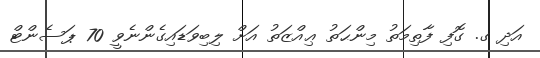
އަދި ގ. ގޮފި ފާތިމަތު މިންޙަތު ޢިއްޒަތު އަށް ލިބިވަޑައިގެންނެވީ 70 ޕަސެންޓް